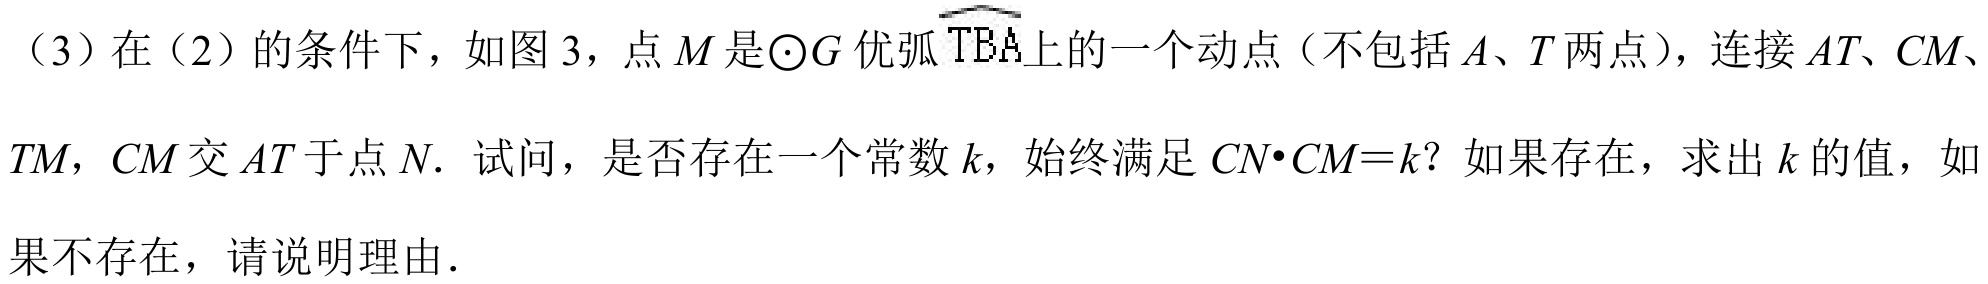
（3）在（2）的条件下，如图 3，点 \(M\) 是\(\odot G\) 优弧\(\overset{\frown}{TBA}\)上的一个动点（不包括 \(A\)、\(T\) 两点），连接 \(AT\)、\(CM\)、\(TM\)，\(CM\) 交 \(AT\) 于点 \(N\). 试问，是否存在一个常数 \(k\)，始终满足 \(CN\cdot CM = k\)？如果存在，求出 \(k\) 的值，如果不存在，请说明理由.